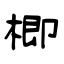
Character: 楖